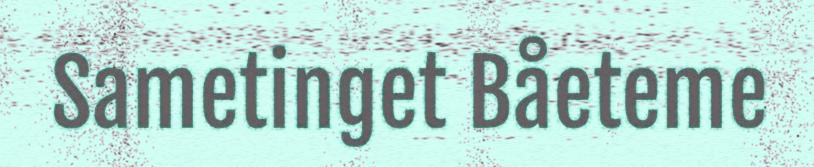
Sametinget Båeteme